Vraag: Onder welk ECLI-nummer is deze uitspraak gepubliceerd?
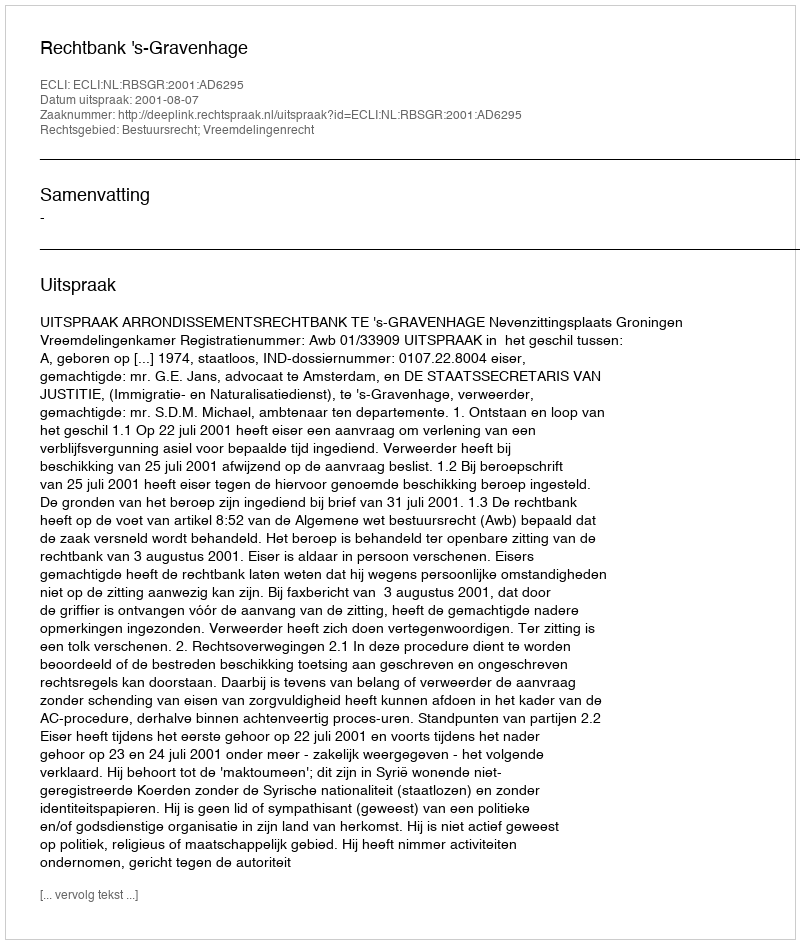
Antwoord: ECLI:NL:RBSGR:2001:AD6295